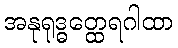
အနုရုဒ္ဓတ္ထေရဂါထာ